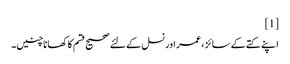
[1]
اپنے کتے کے سائز ، عمر اور نسل کے لئے صحیح قسم کا کھانا چنیں۔